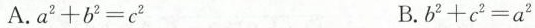
A. $$a ^ { 2 } + b ^ { 2 } = c ^ { 2 }$$ B.b $$b ^ { 2 } + c ^ { 2 } = a ^ { 2 }$$